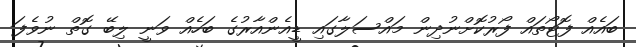
ބައެއް ފޮޓޯތައް ފޯރުކޮށްނުދިން މައްސަލާގައި ޑީއެންއާރުގެ ބަހެއް ވަނީ ލިބޭ ގޮތް ނުވެފަ